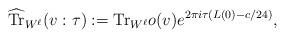
LaTeX: \begin{align*} \widehat{{\rm Tr}}_{W^\ell}(v:\tau):={\rm Tr}_{W^\ell} o(v) e^{2\pi i\tau (L(0)-c/24)}, \end{align*}